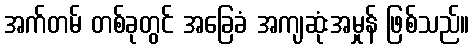
အက်တမ် တစ်ခုတွင် အခြေခံ အကျဆုံးအမှုန် ဖြစ်သည်။